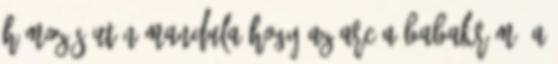
hámozás után mandula hogy az arc a babakrém. A